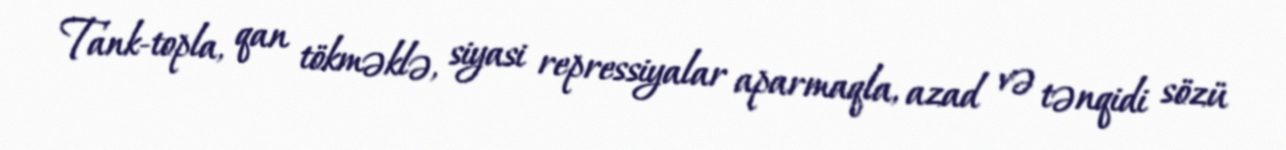
Tank-topla, qan tökməklə, siyasi repressiyalar aparmaqla, azad və tənqidi sözü